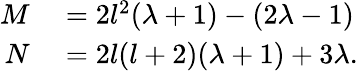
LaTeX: \begin{array}{rl}{M}&{{}=2l^{2}(\lambda+1)-(2\lambda-1)}\\ {N}&{{}=2l(l+2)(\lambda+1)+3\lambda.}\end{array}